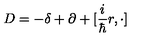
D = - \delta + \partial + [ \frac { i } { \hbar } r , \cdot ]